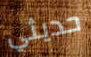
حديثي